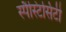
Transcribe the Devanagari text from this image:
स्पैस्टिसिटी